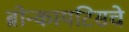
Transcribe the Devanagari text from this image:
ब्रोन्कायटिसचे